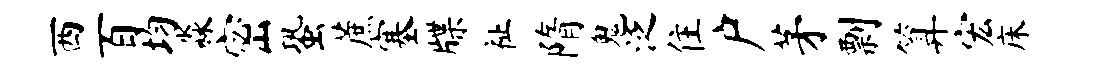
西百均淼密蛩蔗塞牒祉隋鬼泛住户茅剽算宏床